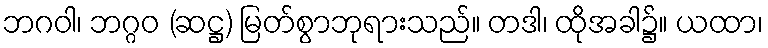
ဘဂဝါ၊ ဘဂ္ဂဝ (ဆဋ္ဌ) မြတ်စွာဘုရားသည်။ တဒါ၊ ထိုအခါ၌။ ယထာ၊